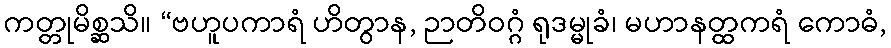
ကတ္တုမိစ္ဆသိ။ “ဗဟူပကာရံ ဟိတွာန, ဉာတိဝဂ္ဂံ ရုဒမ္မုခံ၊ မဟာနတ္ထကရံ ကောဓံ,